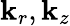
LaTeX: \mathbf{k}_{r},\mathbf{k}_{z}